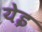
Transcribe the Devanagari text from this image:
येइ